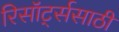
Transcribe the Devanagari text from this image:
रिसॉर्ट्ससाठी